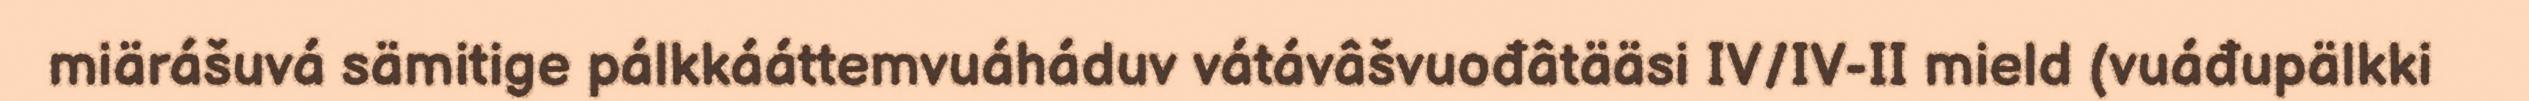
miärášuvá sämitige pálkkááttemvuáháduv vátávâšvuođâtääsi IV/IV-II mield (vuáđupälkki